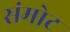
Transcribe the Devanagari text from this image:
संमोट